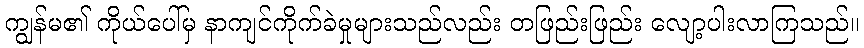
ကျွန်မ၏ ကိုယ်ပေါ်မှ နာကျင်ကိုက်ခဲမှုများသည်လည်း တဖြည်းဖြည်း လျော့ပါးလာကြသည်။